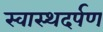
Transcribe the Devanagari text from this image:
स्वास्थदर्पण